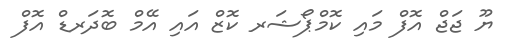
ޔޫ ޖަޖް އޮފް މައި ކޮމްޕޯޝަރ ކޮޒް އައި އޭމް ބޮދަރޑް އޮފް